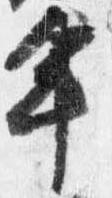
年